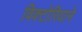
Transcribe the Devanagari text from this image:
विक्टोरियाने